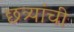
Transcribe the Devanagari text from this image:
छत्र्यांची